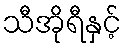
သီအိုရီနှင့်